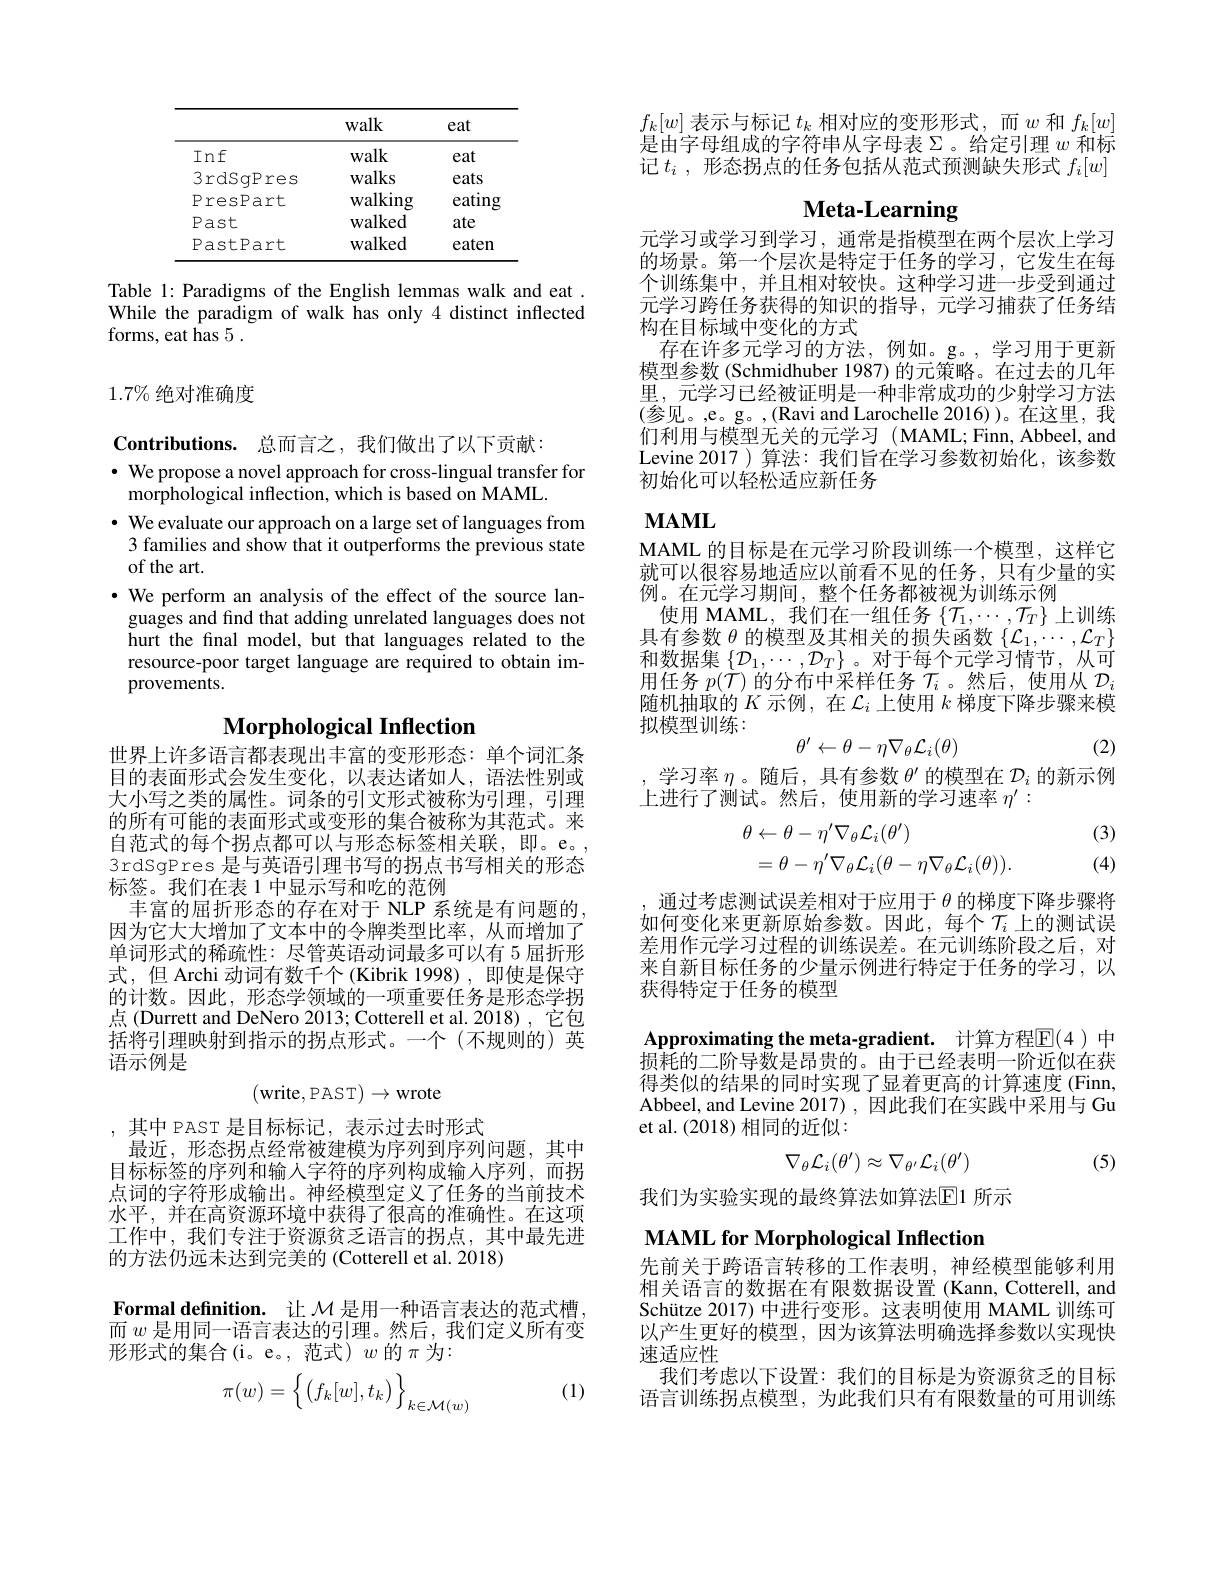
<table>
	<tbody>
		<tr>
			<th> </th>
			<th>walk</th>
			<th>eat</th>
		</tr>
		<tr>
			<td>Inf</td>
			<td>walk</td>
			<td>eat</td>
		</tr>
		<tr>
			<td>3rdSqPres</td>
			<td>walks</td>
			<td>eats</td>
		</tr>
		<tr>
			<td>PresPart</td>
			<td>walking</td>
			<td>$eatin\varepsilon$</td>
		</tr>
		<tr>
			<td>Past</td>
			<td>walked</td>
			<td>ate</td>
		</tr>
		<tr>
			<td>PastPart</td>
			<td>walked</td>
			<td>eaten</td>
		</tr>
	</tbody>
</table>

Table 1: Paradigms of the English lemmas walk and eat While the paradigm of walk has only 4 distinct inflected forms, eat has 5.

## $1.7\%$绝对准确度

$\textbf{Contributions. 总 而 言 之 , 我 们 做 出 了 以 下 贡 献 : }$
$\cdot$ We propose a novel approach for cross-lingual transfer for
morphological inflection, which is based on MAML.
$\cdot$ We evaluate our approach on a large set of languages from
3 families and show that it outperforms the previous state
of the art.
$\bullet$ We perform an analysis of the effect of the source languages and find that adding unrelated languages does not hurt the final model, but that languages related to the resource-poor target language are required to obtain improvements.

# $\textbf{Morphological Inflection}$

世界上许多语言都表现出丰富的变形形态：单个词汇条目的表面形式会发生变化，以表达诸如人，语法性别或大小写之类的属性。词条的引文形式被称为引理，引理的所有可能的表面形式或变形的集合被称为其范式。来自范式的每个拐点都可以与形态标签相关联，即。e。, 3rdSgPres 是与英语引理书写的拐点书写相关的形态标签。我们在表 1 中显示写和吃的范例
丰富的屈折形态的存在对于 NLP 系统是有问题的， 因为它大大增加了文本中的令牌类型比率，从而增加了单词形式的稀疏性：尽管英语动词最多可以有 5屈折形式，但 Archi 动词有数千个(Kibrik 1998),即使是保守的计数。因此，形态学领域的一项重要任务是形态学拐点 (Durrett and DeNero 2013; Cotterell et al. 2018), 它包括将引理映射到指示的拐点形式。一个(不规则的)英语示例是
$$(write,PAST)\to wrote$$
,其中 PAST 是目标标记，表示过去时形式
最近，形态拐点经常被建模为序列到序列问题，其中目标标签的序列和输入字符的序列构成输人序列，而拐点词的字符形成输出。神经模型定义了任务的当前技术水平，并在高资源环境中获得了很高的准确性。在这项工作中，我们专注于资源贫乏语言的拐点，其中最先进的方法仍远未达到完美的 (Cotterell et al. 2018)

$\textbf{Formal definition. 让 }\mathcal{M}$是用一种语言表达的范式槽， 而$w$是用同一语言表达的引理。然后，我们定义所有变形形式的集合(i。e。,范式)$w$的$\pi$为：

(1)
$$\pi(w)=\Big\{\big(f_k[w],t_k\big)\Big\}_{k\in\mathcal{M}(w)}$$
$f_{k}[w]$表示与标记$t_k$相对应的变形形式，而$w$和$f_k[w]$ 是由字母组成的字符串从字母表Σ。给定引理$w$和标记$t_i$ ,形态拐点的任务包括从范式预测缺失形式$f_i[w]$

# Meta-Learning

元学习或学习到学习，通常是指模型在两个层次上学习的场景。第一个层次是特定于任务的学习，它发生在每个训练集中，并且相对较快。这种学习进一步受到通过元学习跨任务获得的知识的指导，元学习捕获了任务结构在目标域中变化的方式
存在许多元学习的方法，例如。g。,学习用于更新模型参数 (Schmidhuber 1987) 的元策略。在过去的几年里，元学习已经被证明是一种非常成功的少射学习方法(参见。,e。g。,(Ravi and Larochelle 2016))。在这里，我们利用与模型无关的元学习(MAML;Finn,Abbeel,and Levine 2017 ) 算法：我们旨在学习参数初始化，该参数初始化可以轻松适应新任务

## $\mathbf{MAML}$

MAML 的目标是在元学习阶段训练一个模型，这样它就可以很容易地适应以前看不见的任务，只有少量的实例。在元学习期间，整个任务都被视为训练示例
使用 MAML, 我们在一组任务$\{\mathcal{T}_1,\cdots,\mathcal{T}_T\}$上训练具有参数$\theta$的模型及其相关的损失函数$\{\mathcal{L}_1,\cdots,\mathcal{L}_T\}$ 和数据集$\{\mathcal{D}_1,\cdots,\mathcal{D}_T\}$ 。对于每个元学习情节，从可用任务$p(\dot{\mathcal{T}})$的分布中采样任务$\mathcal{T}_i$ 。然后，使用从$\mathcal{D}_i$ 随机抽取的$K$示例，在$\mathcal{L}_i$上使用$k$梯度下降步骤来模拟模型训练：
$$\theta'\leftarrow\theta-\eta\nabla_\theta\mathcal{L}_i(\theta)$$
(2)

学习率$\eta$。随后，具有参数$\theta^\prime$的模型在$\mathcal{D}_i$的新示例
上进行了测试。然后，使用新的学习速率$\eta^{\prime}:$

(3)
$$\begin{aligned}\theta&\leftarrow\theta-\eta'\nabla_\theta\mathcal{L}_i(\theta')\\&=\theta-\eta'\nabla_\theta\mathcal{L}_i(\theta-\eta\nabla_\theta\mathcal{L}_i(\theta)).\end{aligned}$$
(4)

通过考虑测试误差相对于应用于$\theta$的梯度下降步骤将如何变化来更新原始参数。因此，每个$\mathcal{T}_i$上的测试误差用作元学习过程的训练误差。在元训练阶段之后，对来自新目标任务的少量示例进行特定于任务的学习，以获得特定于任务的模型

Approximating the meta-gradient. 计算方程$\overline{\mathrm{E}}(4)$ 中损耗的二阶导数是昂贵的。由于已经表明一阶近似在获得类似的结果的同时实现了显着更高的计算速度 (Finn, Abbeel, and Levine 2017) , 因此我们在实践中采用与 Gu et al. (2018)相同的近似：
$$\nabla_\theta\mathcal{L}_i(\theta^{\prime})\approx\nabla_{\theta^{\prime}}\mathcal{L}_i(\theta^{\prime})$$
(5)

我们为实验实现的最终算法如算法$\overline{\mathrm{E}}$1 所示

MAML for Morphological Inflection

先前关于跨语言转移的工作表明，神经模型能够利用相关语言的数据在有限数据设置 (Kann, Cotterell, and Schütze 2017) 中进行变形。这表明使用 MAML 训练可以产生更好的模型，因为该算法明确选择参数以实现快速适应性
我们考虑以下设置：我们的目标是为资源贫乏的目标语言训练拐点模型，为此我们只有有限数量的可用训练